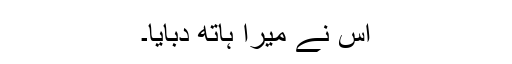
اس نے میرا ہاتھ دبایا۔